Lunatic asylums Madras 1892-1911 - 1892-1911
Year: 1892
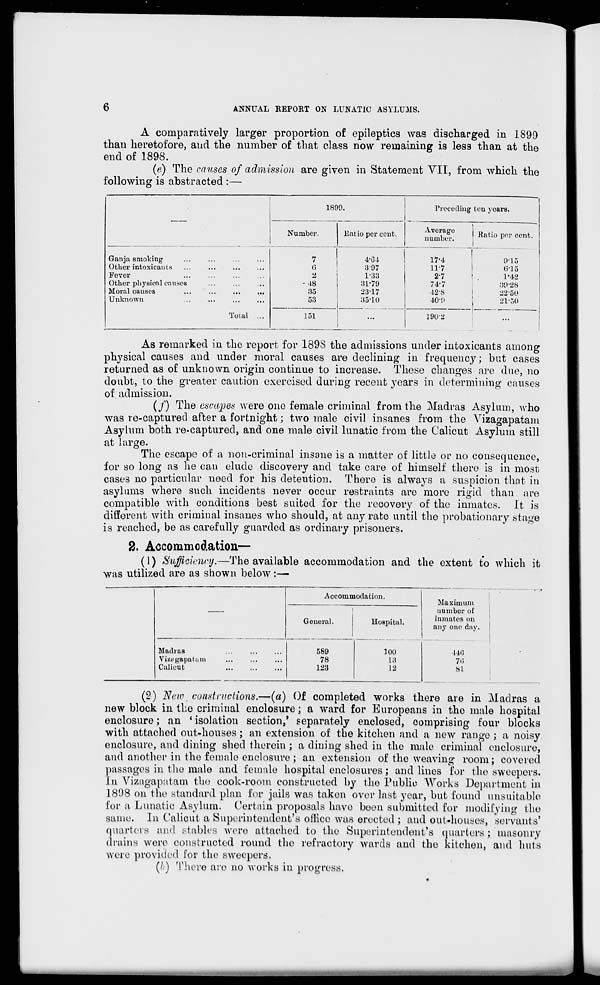
6
ANNUAL REPORT ON LUNATIC ASYLUMS.
A comparatively larger proportion of epileptics was discharged in 1899
than heretofore, and the number of that class now remaining is less than at the
end of 1898.
(e) The causes of admission are given in Statement VII, from which the
following is abstracted:
1899.
Preceding ten years.
Number.
llatio per cent.
nuS! | Kati0 P er ccnt -
Ganja smoking-
Other intoxicants
Fever
Other physical causes
Moral causes
Unknown
Total ...
7
6
2
-48
35
53
4-G4
3 97
1-33
31-79
23-17
35-1U
17-4
11-7
2-7
74-7
42 -8
40'9
915
6*15
1-42
39*28
22-50
21-50
151
...
1902
As remarked in the report for 1898 the admissions under intoxicants among
physical causes and under moral causes are declining in frequency; but cases
returned as of unknown origin continue to increase. These changes are due, no
doubt, to the greater caution exercised during recent years in determining causes
of admission.
(/) The escapes were one female criminal from the Madras Asylum, who
was re-captured after a fortnight; two male civil insanes from the \ r izagapatam
Asylum both re-captured, and one male civil lunatic from the Calicut Asylum still
at large.
The escape of a non-criminal insane is a matter of little or no consequence,
for so long as he can elude discovery and take care of himself there is in most
cases no particular need for his detention. There is always a suspicion that in
asylums where such incidents never occur restraints are more rigid than are
compatible with conditions best suited for the recovery of the inmates. It is
different with criminal insanes who should, at any rate until the probationary stage
is reached, be as carefully guarded as ordinary prisoners.
2. Accommodation—
(1) Siifficunirij.—The available accommodation and the extent to which it
was utilized are as shown below:—
Accommodation.
Maximum
number of
inmates on
any one day.
14ti
7»i
81
!
General.
Uospital.
Madras
VizBgapatam
Culicut
589
78
123
100
13
12
(2) New, constructions.—(a) Of completed works there are in Madras a
new block in the criminal enclosure; a ward for Europeans in the male hospital
enclosure; an ' isolation section,' separately enclosed, comprising four blocks
with attached out-houses; an extension of the kitchen and a new range ; a noisy
enclosure, and dining shed therein ; a dining shed in the male criminal enclosure,
and another in the female enclosure ; an extension of the weaving room; covered
passages in the male and female hospital enclosures; and lines for the sweepers.
In Vizagapatam the cook-room constructed by the Public Works Department in
1898 on the standard plan for jails was taken over last year, but found unsuitable
for a Lunatic Asylum. Certain proposals have been submitted for modifying the
same. In Calicut a Superintendent's office was erected ; and out-houses, servants'
quarters and stables were attached to the Superintendent's quarters ; masonry
drains were constructed round the refractory wards and the kitchen, and huts
were provided for the sweepers.
(/.) There are no works in progress.